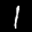
Label: 1